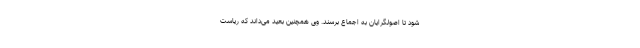
شود تا اصولگرایان به اجماع برسند. وی همچنین بعید می‌داند که ریاست